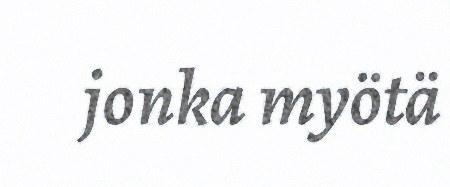
jonka myötä